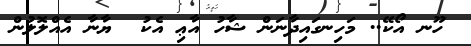
ހޫނ އޯކޭ.. މަހިނގައިދާނަން ޝާހު އާޢި އެކު  ޔާނާ އެއްލޮލުން